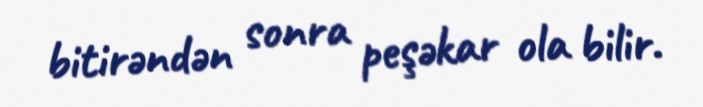
bitirəndən sonra peşəkar ola bilir.